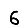
Digit: 6